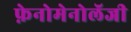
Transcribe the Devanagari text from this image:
फ़ेनोमेनोलॅजी